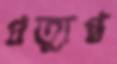
প্রত্যুপ্ত